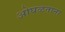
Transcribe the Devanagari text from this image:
ओघळताना